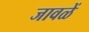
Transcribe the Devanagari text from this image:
जावळें